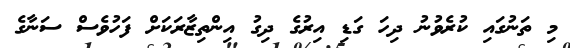
މި ތަނުގައި ކުރެވުނު ދިހަ ގަޑި އިރުގެ ދިގު އިންތިޒާރަކަށް ފަހުވެސް ސަނާގެ